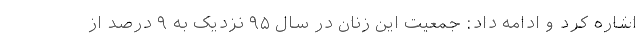
اشاره کرد و ادامه داد: جمعیت این زنان در سال ۹۵ نزدیک به ۹ درصد از